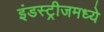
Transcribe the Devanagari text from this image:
इंडस्ट्रीजमध्ये